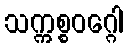
သက္ကစ္စဝဂ္ဂေါ